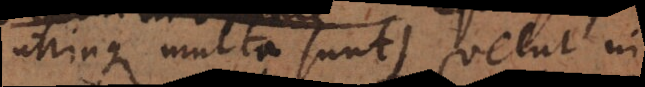
utrinque multa sunt) velut in